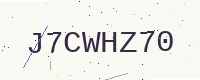
Text: J7CWHZ70